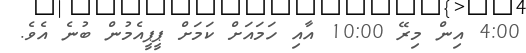
4:00 އިން މިރޭ 10:00 އާއި ހަމައަށް ކަމަށް ޕީޕީއެމުން ބުނެ އެވެ.